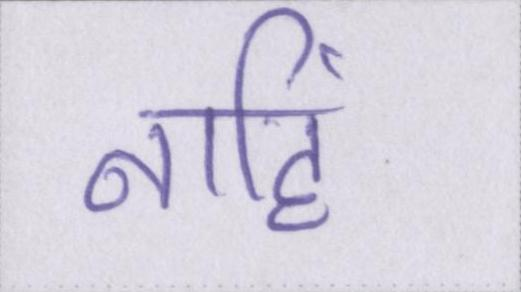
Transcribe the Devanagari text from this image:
नहिं